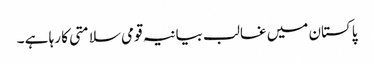
پاکستان میں غالب بیانیہ قومی سلامتی کا رہا ہے ۔